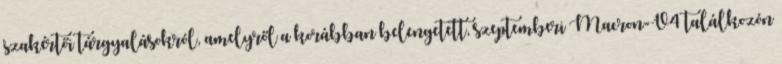
szakértői tárgyalásokról, amelyről a korábban belengetett, szeptemberi Macron-V4 találkozón